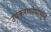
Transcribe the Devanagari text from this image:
उपकरणांपासून